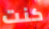
كنت